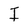
Character: I